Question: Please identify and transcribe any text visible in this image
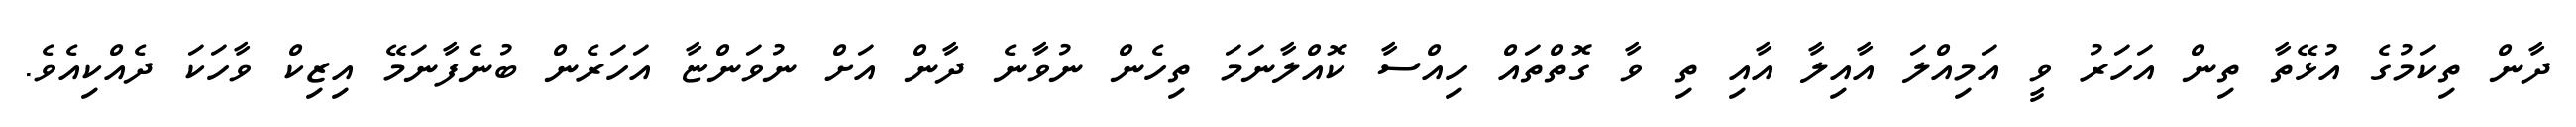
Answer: ދާން ތިކަމުގެ އުޅޭތާ ތިން އަހަރު ވީ އަމިއްލަ އާއިލާ އާއި ތި ވާ ގޮތްތައް ހިއްސާ ކޮއްލާނަމަ ތިހެން ނުވާނެ ދާން އަށް ނުވަންޏާ އަހަރެން ބުނެފާނަމޭ އިޒިކް ވާހަކަ ދެއްކިއެވެ.